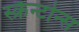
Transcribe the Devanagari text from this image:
स्क्रैन्टोन्स